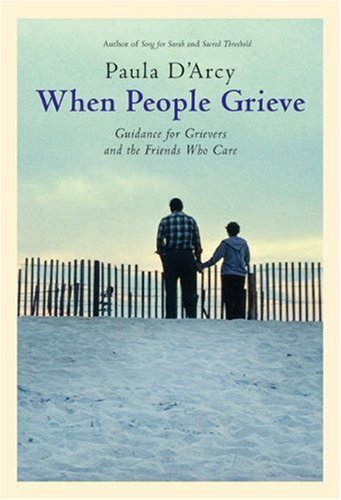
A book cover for When People Grieve: The Power of Love in the Midst of Pain; Paula D'Arcy; Christian Books & Bibles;